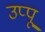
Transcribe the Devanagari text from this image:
उप्पू